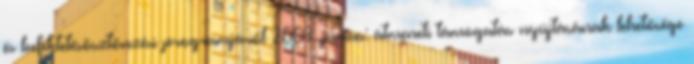
és befektetésösztönzési programjáról 2009. június: átmeneti támogatás nyújtásának lehetősége